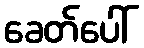
ခေတ်ပေါ်